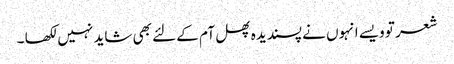
شعر تو ویسے انہوں نے پسندیدہ پھل آم کے لئے بھی شاید نہیں لکھا ۔